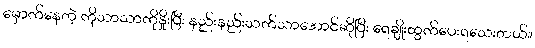
မှောက်နေတဲ့ ကိုသာသာကိုနှိုးပြီး နည်းနည်းသက်သာအောင်ဆိုပြီး ရေချိုးထွက်ပေးရသေးတယ်။